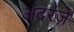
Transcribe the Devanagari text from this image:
अंदरज़े